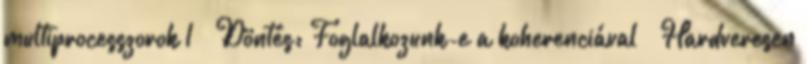
multiprocesszorok 1 ● Döntés: Foglalkozunk-e a koherenciával ● Hardveresen